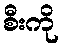
စီးကို